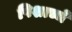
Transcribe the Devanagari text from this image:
पिशाच्चे